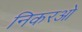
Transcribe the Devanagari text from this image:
निकरओ